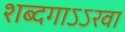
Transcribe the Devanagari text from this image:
शब्दगाऽऽरवा